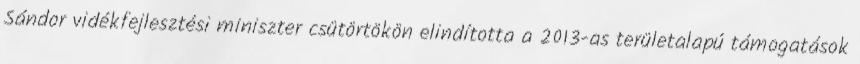
Sándor vidékfejlesztési miniszter csütörtökön elindította a 2013-as területalapú támogatások